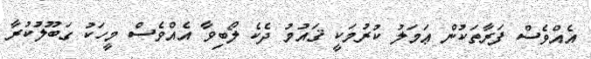
އެއްވެސް ފަރާތަކުން ޢަމަލު ކުރުމަކީ ޤައުމު ދެކެ ލޯބިވާ އެއްވެސް މީހަކު ގަބޫލުކުރާ